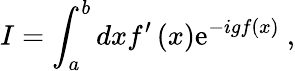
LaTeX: I=\int_{a}^{b}dxf^{\prime}\left(x\right)\mathrm{e}^{-igf\left(x\right)}\ ,